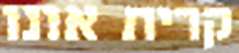
קרית אונו